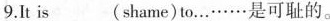
9.It is ___ (shame)to…······是可耻的。